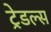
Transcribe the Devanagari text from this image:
ट्रेडल्स